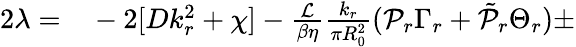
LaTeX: \begin{array}{rl}{2\lambda=}&{{}-2[Dk_{r}^{2}+\chi]-\frac{\mathcal{L}}{\beta\eta}\frac{k_{r}}{\pi R_{0}^{2}}(\mathcal{P}_{r}\Gamma_{r}+\tilde{\mathcal{P}}_{r}\Theta_{r})\pm}\end{array}